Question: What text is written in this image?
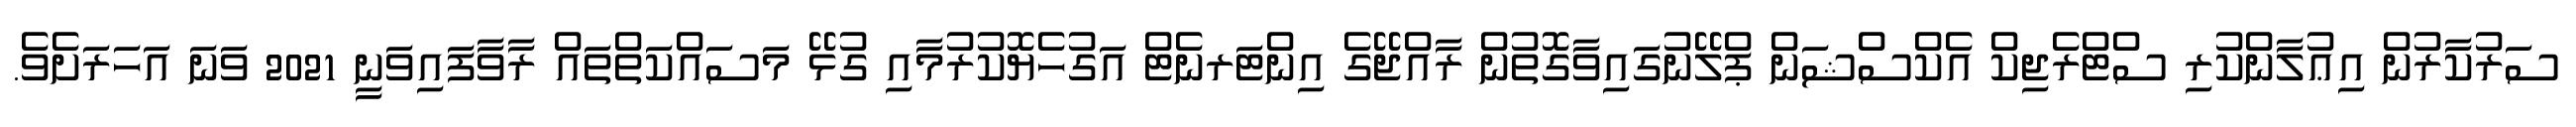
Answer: ސަރުކާރުން އިޢުލާންކުރި ސްޓްރެޖިކް އެކްސްޝަން ޕްލޭނުގައިވާގޮތުން ރާއްޖޭގެ އިންޓަރނެޓް އަގުހެޔޮކުރުމާއި ގުޅޭ މަސައްކަތްތައް ރާވާފައިވަނީ 2021 ވަނަ އަހަރަށެވެ.